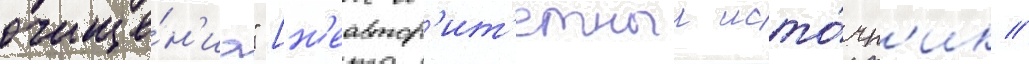
очище́н'иа" [н'еавтор'ит'етныи исто́чн'ик //